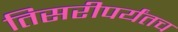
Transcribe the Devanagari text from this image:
तिसरीपर्यंतच